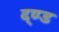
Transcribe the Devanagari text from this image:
द्ण्ड